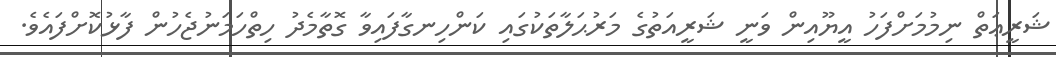
ޝަރީޢަތް ނިމުމަށްފަހު އީޔޫއިން ވަނީ ޝަރީއަތުގެ މަރުޙަލާތަކުގައި ކަންހިނގާފައިވާ ގޮތާމެދު ހިތްހަމަނުޖެހުން ފާޅުކޮށްފައެވެ.